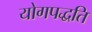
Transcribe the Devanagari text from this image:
योगपद्धति